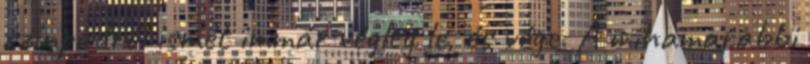
színpadról ismét immár végleg le, és vége. A mihamarabbi